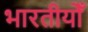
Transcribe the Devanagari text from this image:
भारतीयोँ